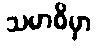
သမာဓိမှာ